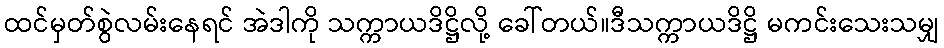
ထင်မှတ်စွဲလမ်းနေရင် အဲဒါကို သက္ကာယဒိဋ္ဌိလို့ ခေါ်တယ်။ဒီသက္ကာယဒိဋ္ဌိ မကင်းသေးသမျှ